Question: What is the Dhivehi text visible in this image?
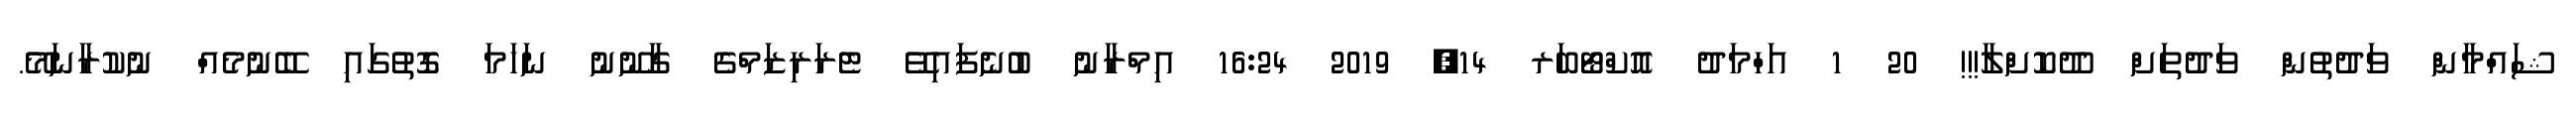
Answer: ޝައްމާން ވަދުތުން ވަދުތަށް ދޫކޮށްލާ!!! 20 1 އަހްމަދު އޮކްޓޯބަރ 14, 2019 16:24 އިމްރާނު ބުނެފައިވޭ ޓެރަރިޒަމްގެ ގާނޫނު ނަހަމަ ގޮތުގައި ބޭނުމެއް ނުކުރާނަމޭ.